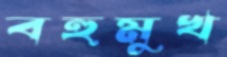
বহুমুখ